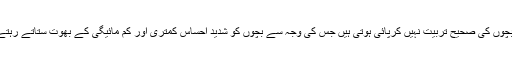
اماں‌ بچوں کی صحیح‌ تربیت نہیں‌ کرپائی ہوتی ہیں جس کی وجہ سے بچوں‌ کو شدید احساس کمتری اور کم مائیگی کے بھوت ستاتے رہتے ہیں۔